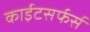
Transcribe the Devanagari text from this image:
काईटसर्फर्स